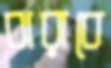
ঝরাবে